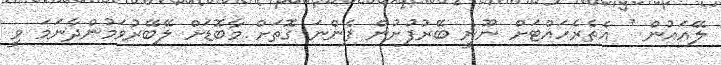
ލޭއައުން * އެތެރެހައްޓަށް ނޫނީ ބޭރުފުށުން ފެންނަ ގޮތަށް މާބޮޑަށް ލޭބޭރުވަމުންދާނަމަ ވީ